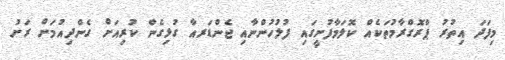
މިފަދަ އިތުރު ޕްރޮގްރާމުތަކެއް ކޮލަމާފުށީގައި ފުލުހުންނާއި ޖެންޑަރއާ ގުޅިގެން ކުރިއަށް ގެންދިއުމަށް ރަށު